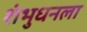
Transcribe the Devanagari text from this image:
शंभुधनला